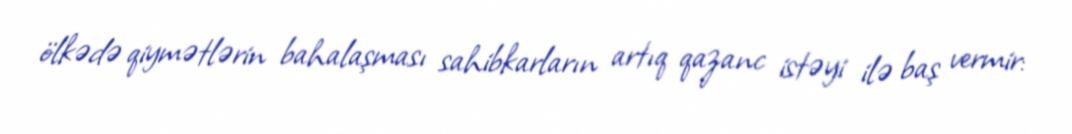
ölkədə qiymətlərin bahalaşması sahibkarların artıq qazanc istəyi ilə baş vermir: